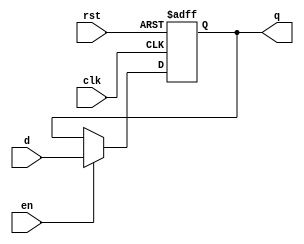
`timescale 1ns / 1ps
//////////////////////////////////////////////////////////////////////////////////
// Company: 
// Engineer: 
// 
// Design Name: 
// Module Name: areg
// Project Name: 
// Target Devices: 
// Tool Versions: 
// Description: 
// 
// Dependencies: 
// 
// Revision:
// Revision 0.01 - File Created
// Additional Comments:
// 
//////////////////////////////////////////////////////////////////////////////////


module register(
			clk,
			rst,
			en,				
			d,				
			q				
    );
    input clk,rst,en;
    input wire[15:0]d;
    output reg[15:0]q;
   always@(posedge clk or negedge rst )
     if(rst==0)
       q <= 0000000000000000;
     else
       begin
          if(en==1)
             q <= d;
       end
endmodule